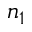
n _ { 1 }